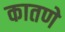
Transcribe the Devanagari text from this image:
कातणे